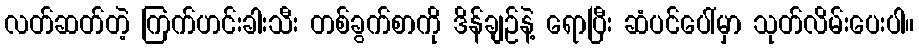
လတ်ဆတ်တဲ့ ကြက်ဟင်းခါးသီး တစ်ခွက်စာကို ဒိန်ချဉ်နဲ့ ရောပြီး ဆံပင်ပေါ်မှာ သုတ်လိမ်းပေးပါ။